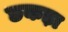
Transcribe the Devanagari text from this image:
छकड़ा